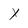
Character: X